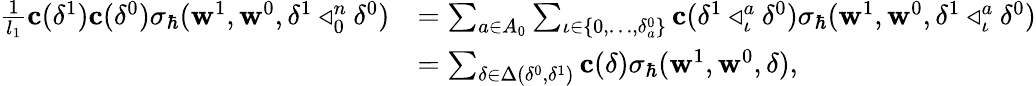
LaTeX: \begin{array}{rl}{\frac{1}{l_{1}}\mathbf{c}(\delta^{1})\mathbf{c}(\delta^{0})\sigma_{\hbar}(\mathbf{w}^{1},\mathbf{w}^{0},\delta^{1}\triangleleft_{0}^{n}\delta^{0})}&{=\sum_{a\in A_{0}}\sum_{\iota\in\{ 0,\ldots,\delta_{a}^{0}\} }\mathbf{c}(\delta^{1}\triangleleft_{\iota}^{a}\delta^{0})\sigma_{\hbar}(\mathbf{w}^{1},\mathbf{w}^{0},\delta^{1}\triangleleft_{\iota}^{a}\delta^{0})}\\ &{=\sum_{\delta\in\Delta(\delta^{0},\delta^{1})}\mathbf{c}(\delta)\sigma_{\hbar}(\mathbf{w}^{1},\mathbf{w}^{0},\delta),}\end{array}